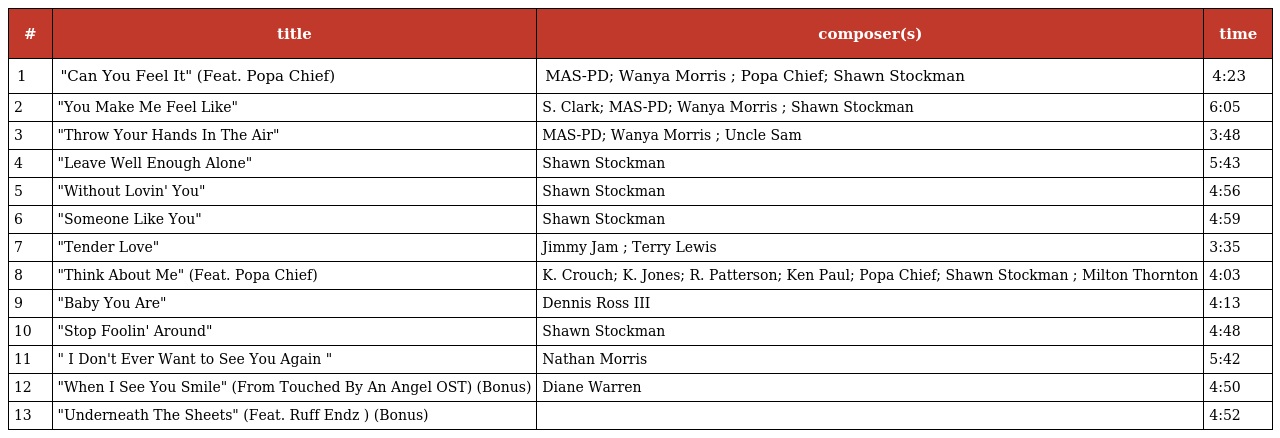
| # | title | composer(s) | time |
 | --- | --- | --- | --- |
 | 1 | "Can You Feel It" (Feat. Popa Chief) | MAS-PD; Wanya Morris ; Popa Chief; Shawn Stockman | 4:23 |
 | 2 | "You Make Me Feel Like" | S. Clark; MAS-PD; Wanya Morris ; Shawn Stockman | 6:05 |
 | 3 | "Throw Your Hands In The Air" | MAS-PD; Wanya Morris ; Uncle Sam | 3:48 |
 | 4 | "Leave Well Enough Alone" | Shawn Stockman | 5:43 |
 | 5 | "Without Lovin' You" | Shawn Stockman | 4:56 |
 | 6 | "Someone Like You" | Shawn Stockman | 4:59 |
 | 7 | "Tender Love" | Jimmy Jam ; Terry Lewis | 3:35 |
 | 8 | "Think About Me" (Feat. Popa Chief) | K. Crouch; K. Jones; R. Patterson; Ken Paul; Popa Chief; Shawn Stockman ; Milton Thornton | 4:03 |
 | 9 | "Baby You Are" | Dennis Ross III | 4:13 |
 | 10 | "Stop Foolin' Around" | Shawn Stockman | 4:48 |
 | 11 | " I Don't Ever Want to See You Again " | Nathan Morris | 5:42 |
 | 12 | "When I See You Smile" (From Touched By An Angel OST) (Bonus) | Diane Warren | 4:50 |
 | 13 | "Underneath The Sheets" (Feat. Ruff Endz ) (Bonus) |  | 4:52 |